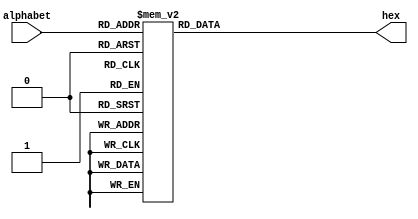
//////////////// for howtodisplay alphabet /////////////////////

module LIGHT_alphabet(
output	[6:0]hex,
input	[3:0]alphabet
);

parameter A = 4'b0000;
parameter C = 4'b0001;
parameter D = 4'b0010;
parameter E = 4'b0011;
parameter L = 4'b0100;
parameter O = 4'b0101;
parameter P = 4'b0110;
parameter R = 4'b0111;
parameter S = 4'b1000;
parameter T = 4'b1001;
parameter Y = 4'b1010;
parameter F = 4'b1011;

reg [6:0]buffer;
assign hex = buffer;
always @(*) begin
	case(alphabet)
		A : buffer=7'b0001000;	
		C : buffer=7'b1000110;
		D : buffer=7'b1000000;
		E : buffer=7'b0000110;
		L : buffer=7'b1000111;
		O : buffer=7'b1000000;
		P : buffer=7'b0001100;
		R : buffer=7'b0001000;
		S : buffer=7'b0010010;
		T : buffer=7'b1111000;
		Y : buffer=7'b0011001;
		F : buffer=7'b0001110;
		default : buffer = 7'b1111111;
	endcase
end

endmodule